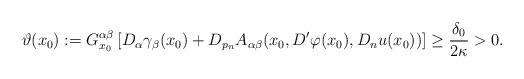
LaTeX: \begin{align*} \vartheta(x_0):=G_{x_0}^{\alpha\beta}\left[D_\alpha\gamma_\beta(x_0)+D_{p_n}A_{\alpha\beta}(x_0,D'\varphi(x_0),D_n u(x_0))\right]\geq \frac{\delta_0}{2\kappa}>0. \end{align*}